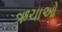
ઋચાઓ